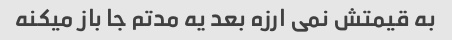
به قیمتش نمی ارزه بعد یه مدتم جا باز میکنه